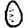
Digit: 0